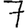
Digit: 7